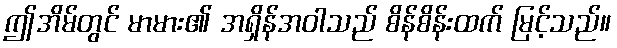
ဤအိမ်တွင် မာမား၏ အရှိန်အဝါသည် စိန်စိန်းထက် မြင့်သည်။